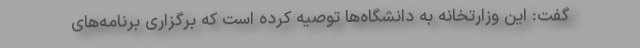
گفت: این وزارتخانه به دانشگاه‌ها توصیه کرده است که برگزاری برنامه‌های